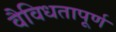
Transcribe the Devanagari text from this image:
वैविधतापूर्ण